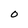
Character: O